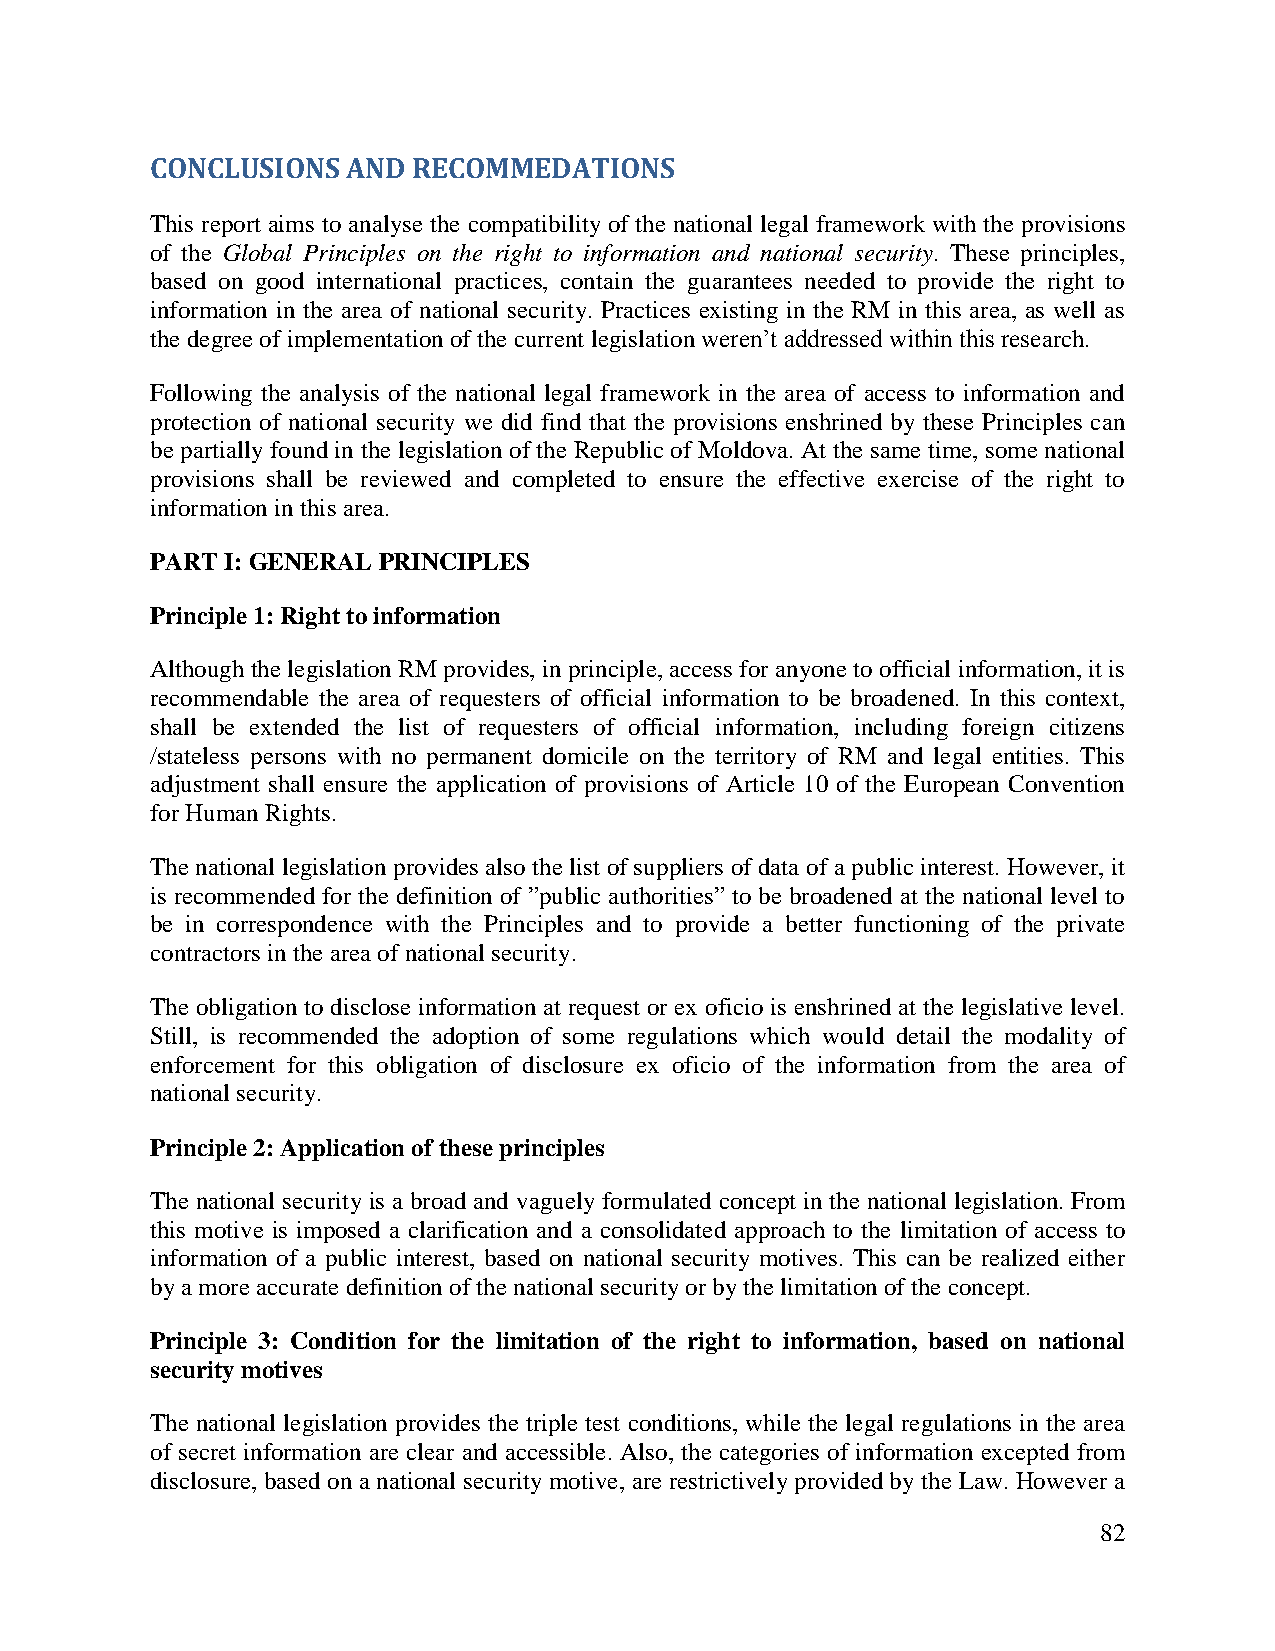
CONCLUSIONS  AND RECOMMEDATIONS
 This report aims to analyse the compatibility of the national legal framework with the provisions
 of the Global Principles on the right to information and national security. These principles,
 based on good international practices, contain the guarantees needed to provide the right to
 information in the area of national security. Practices existing in the RM in this area, as well as
 the degree of implementation of the current legislation weren’t addressed within this research.
 Following the analysis of the national legal framework in the area of access to information and
 protection of national security we did find that the provisions enshrined by these Principles can
 be partially found in the legislation of the Republic of Moldova. At the same time, some national
 provisions shall be reviewed and completed to ensure the effective exercise of the right to
 information in this area.
 PART I: GENERAL PRINCIPLES
 Principle 1: Right to information
 Although the legislation RM provides, in principle, access for anyone to official information, it is
 recommendable the area of requesters of official information to be broadened. In this context,
 shall be extended the list of requesters of official information, including foreign citizens
 /stateless persons with no permanent domicile on the territory of RM and legal entities. This
 adjustment shall ensure the application of provisions of Article 10 of the European Convention
 for Human Rights.
 The national legislation provides also the list of suppliers of data of a public interest. However, it
 is recommended for the definition of ”public authorities” to be broadened at the national level to
 be in correspondence with the Principles and to provide a better functioning of the private
 contractors in the area of national security.
 The obligation to disclose information at request or ex oficio is enshrined at the legislative level.
 Still, is recommended the adoption of some regulations which would detail the modality of
 enforcement for this obligation of disclosure ex oficio of the information from the area of
 national security.
 Principle 2: Application of these principles
 The national security is a broad and vaguely formulated concept in the national legislation. From
 this motive is imposed a clarification and a consolidated approach to the limitation of access to
 information of a public interest, based on national security motives. This can be realized either
 by a more accurate definition of the national security or by the limitation of the concept.
 Principle 3: Condition for the limitation of the right to information, based on national
 security motives
 The national legislation provides the triple test conditions, while the legal regulations in the area
 of secret information are clear and accessible. Also, the categories of information excepted from
 disclosure, based on a national security motive, are restrictively provided by the Law. However a
 82